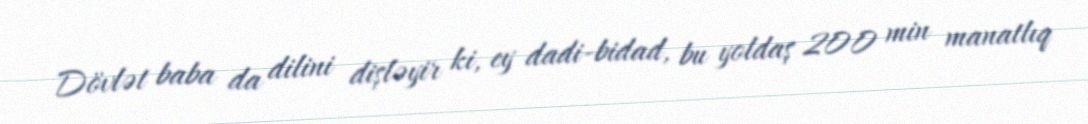
Dövlət baba da dilini dişləyir ki, ey dadi-bidad, bu yoldaş 200 min manatlıq